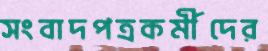
সংবাদপত্রকর্মীদের